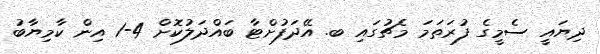
ދިޔައީ ސެމީގެ ފުރަތަމަ މެޗުގައި ބ. އޭދަފުށްޓާ ބައްދަލުކޮށް 4-1 އިން ކާމިޔާބު